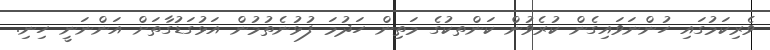
ވެރިކަމުގައި ހުންނަވައިގެން ކުރެވުން ކަންތކުގެ މަތިން ހަދުމަ ފުޅުނެތުމުން އަޅުގަޑުގާތަށް އަންނަނީ ހިނި.